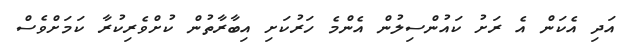
އަދި އެކަން އެ ރަށު ކައުންސިލުން އެންމެ ހަރުކަށި އިބާރާތުން ކުށްވެރިކުރާ ކަމަށްވެސް